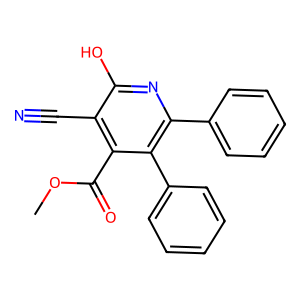
SMILES: COC(=O)c1c(C#N)c(O)nc(-c2ccccc2)c1-c1ccccc1
Inhibits HIV replication: No